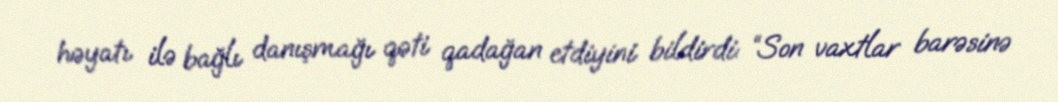
həyatı ilə bağlı danışmağı qəti qadağan etdiyini bildirdi: “Son vaxtlar barəsinə